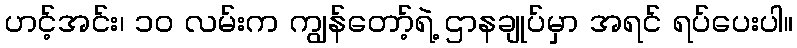
ဟင့်အင်း၊ ၁၀ လမ်းက ကျွန်တော့်ရဲ့ ဌာနချုပ်မှာ အရင် ရပ်ပေးပါ။